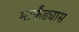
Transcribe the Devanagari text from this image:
मार्कंड्यास